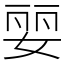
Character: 婯